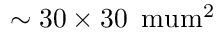
\sim 3 0 \times 3 0 \, \mathrm { \ m u m ^ { 2 } }